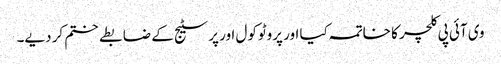
وی آئی پی کلچر کا خاتمہ کیا اور پروٹوکول اور پرسٹیج کے ضابطے ختم کر دیے۔